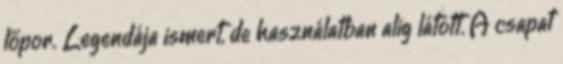
lőpor. Legendája ismert, de használatban alig látott. A csapat